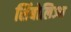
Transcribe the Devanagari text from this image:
सिंबोलिज्म